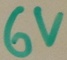
Text: 6V